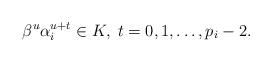
LaTeX: \begin{align*}\beta^u\alpha_i^{u+t} \in K,\; t=0,1,\dots, p_i-2.\end{align*}